342_HS1-416511228_319.1 Flying Discs 1949
Agency: Department of War
Incident date: 1/9/50
Page 20
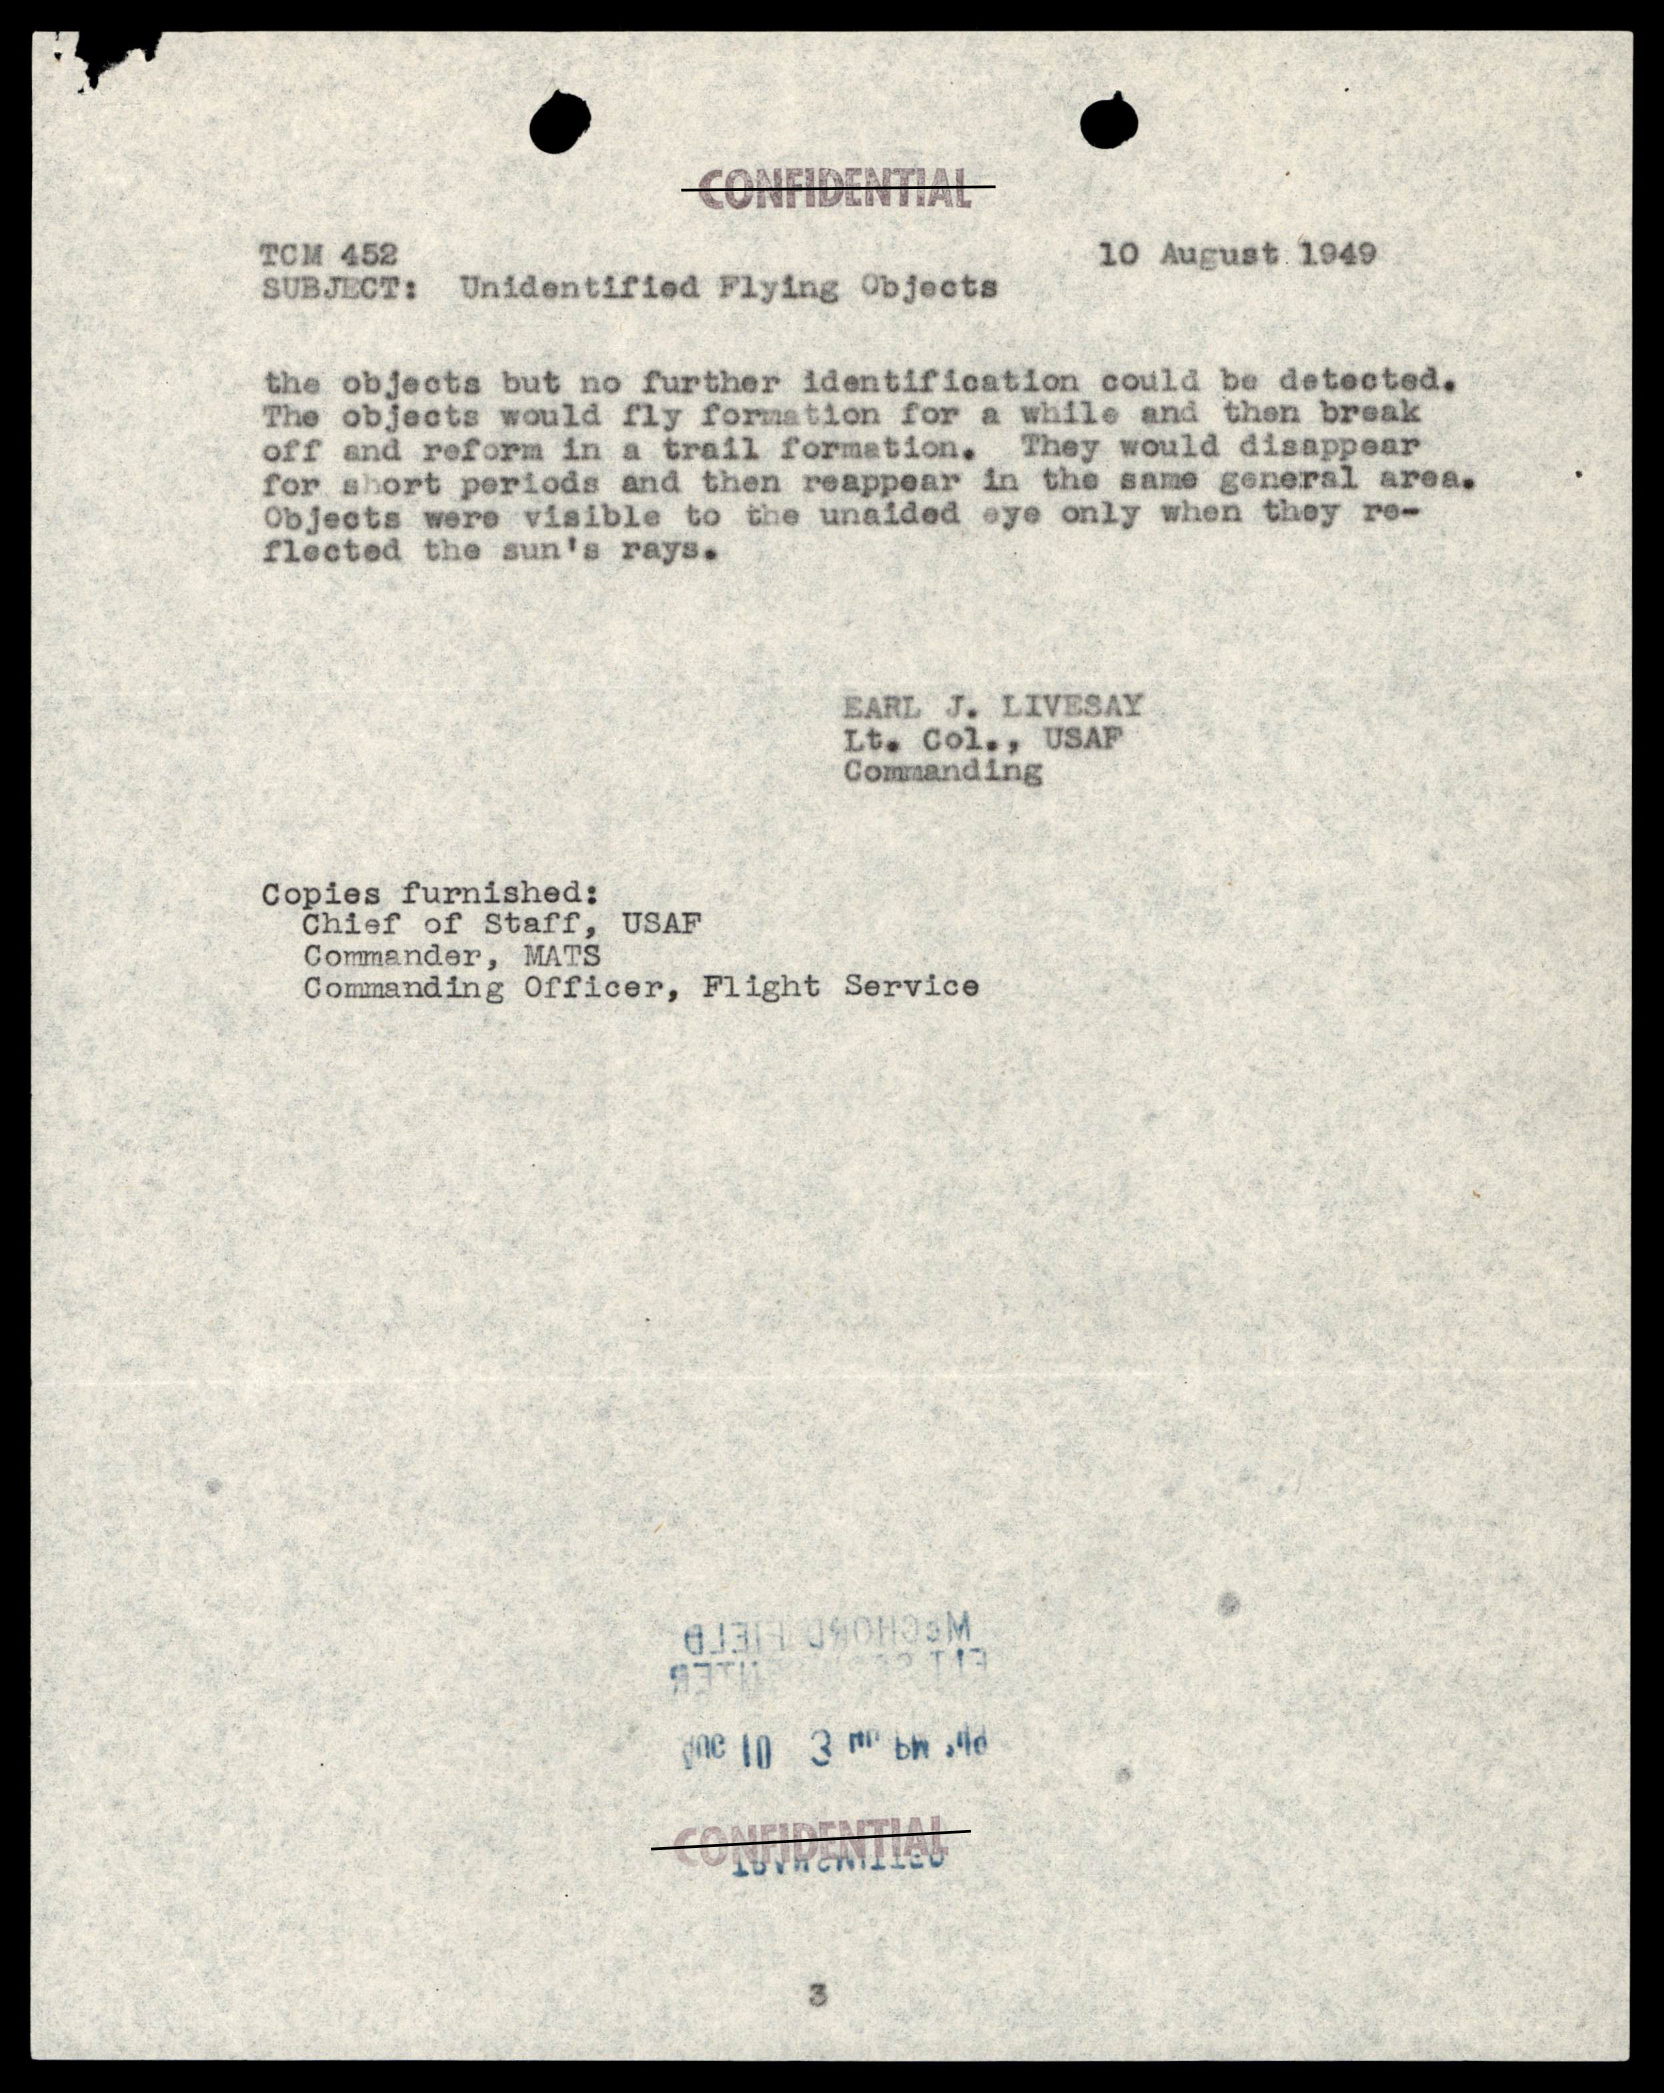